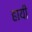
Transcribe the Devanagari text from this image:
हायी